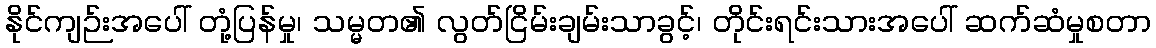
နိုင်ကျဉ်းအပေါ် တုံ့ပြန်မှု၊ သမ္မတ၏ လွတ်ငြိမ်းချမ်းသာခွင့်၊ တိုင်းရင်းသားအပေါ် ဆက်ဆံမှုစတာ